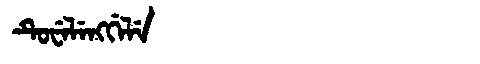
Manchu: ᡨᡠᠸᡝᠯᡝᠩᡤᡝᠯᡝ
Romanization: TUWELENGGELE